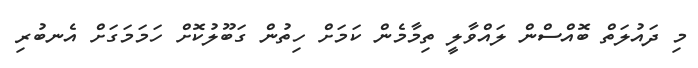
މި ދައުލަތް ބޮއްސްން ލައްވާލީ ތިމާމެން ކަމަށް ހިތުން ގަބޫލުކޮށް ހަމަމަގަށް އެނބުރި